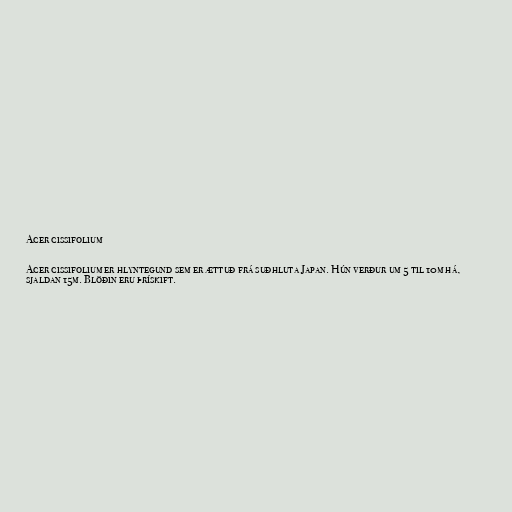
Acer cissifolium

Acer cissifolium er hlyntegund sem er ættuð frá suðhluta Japan. Hún verður um 5 til 10m há,
sjaldan 15m. Blöðin eru þrískift.